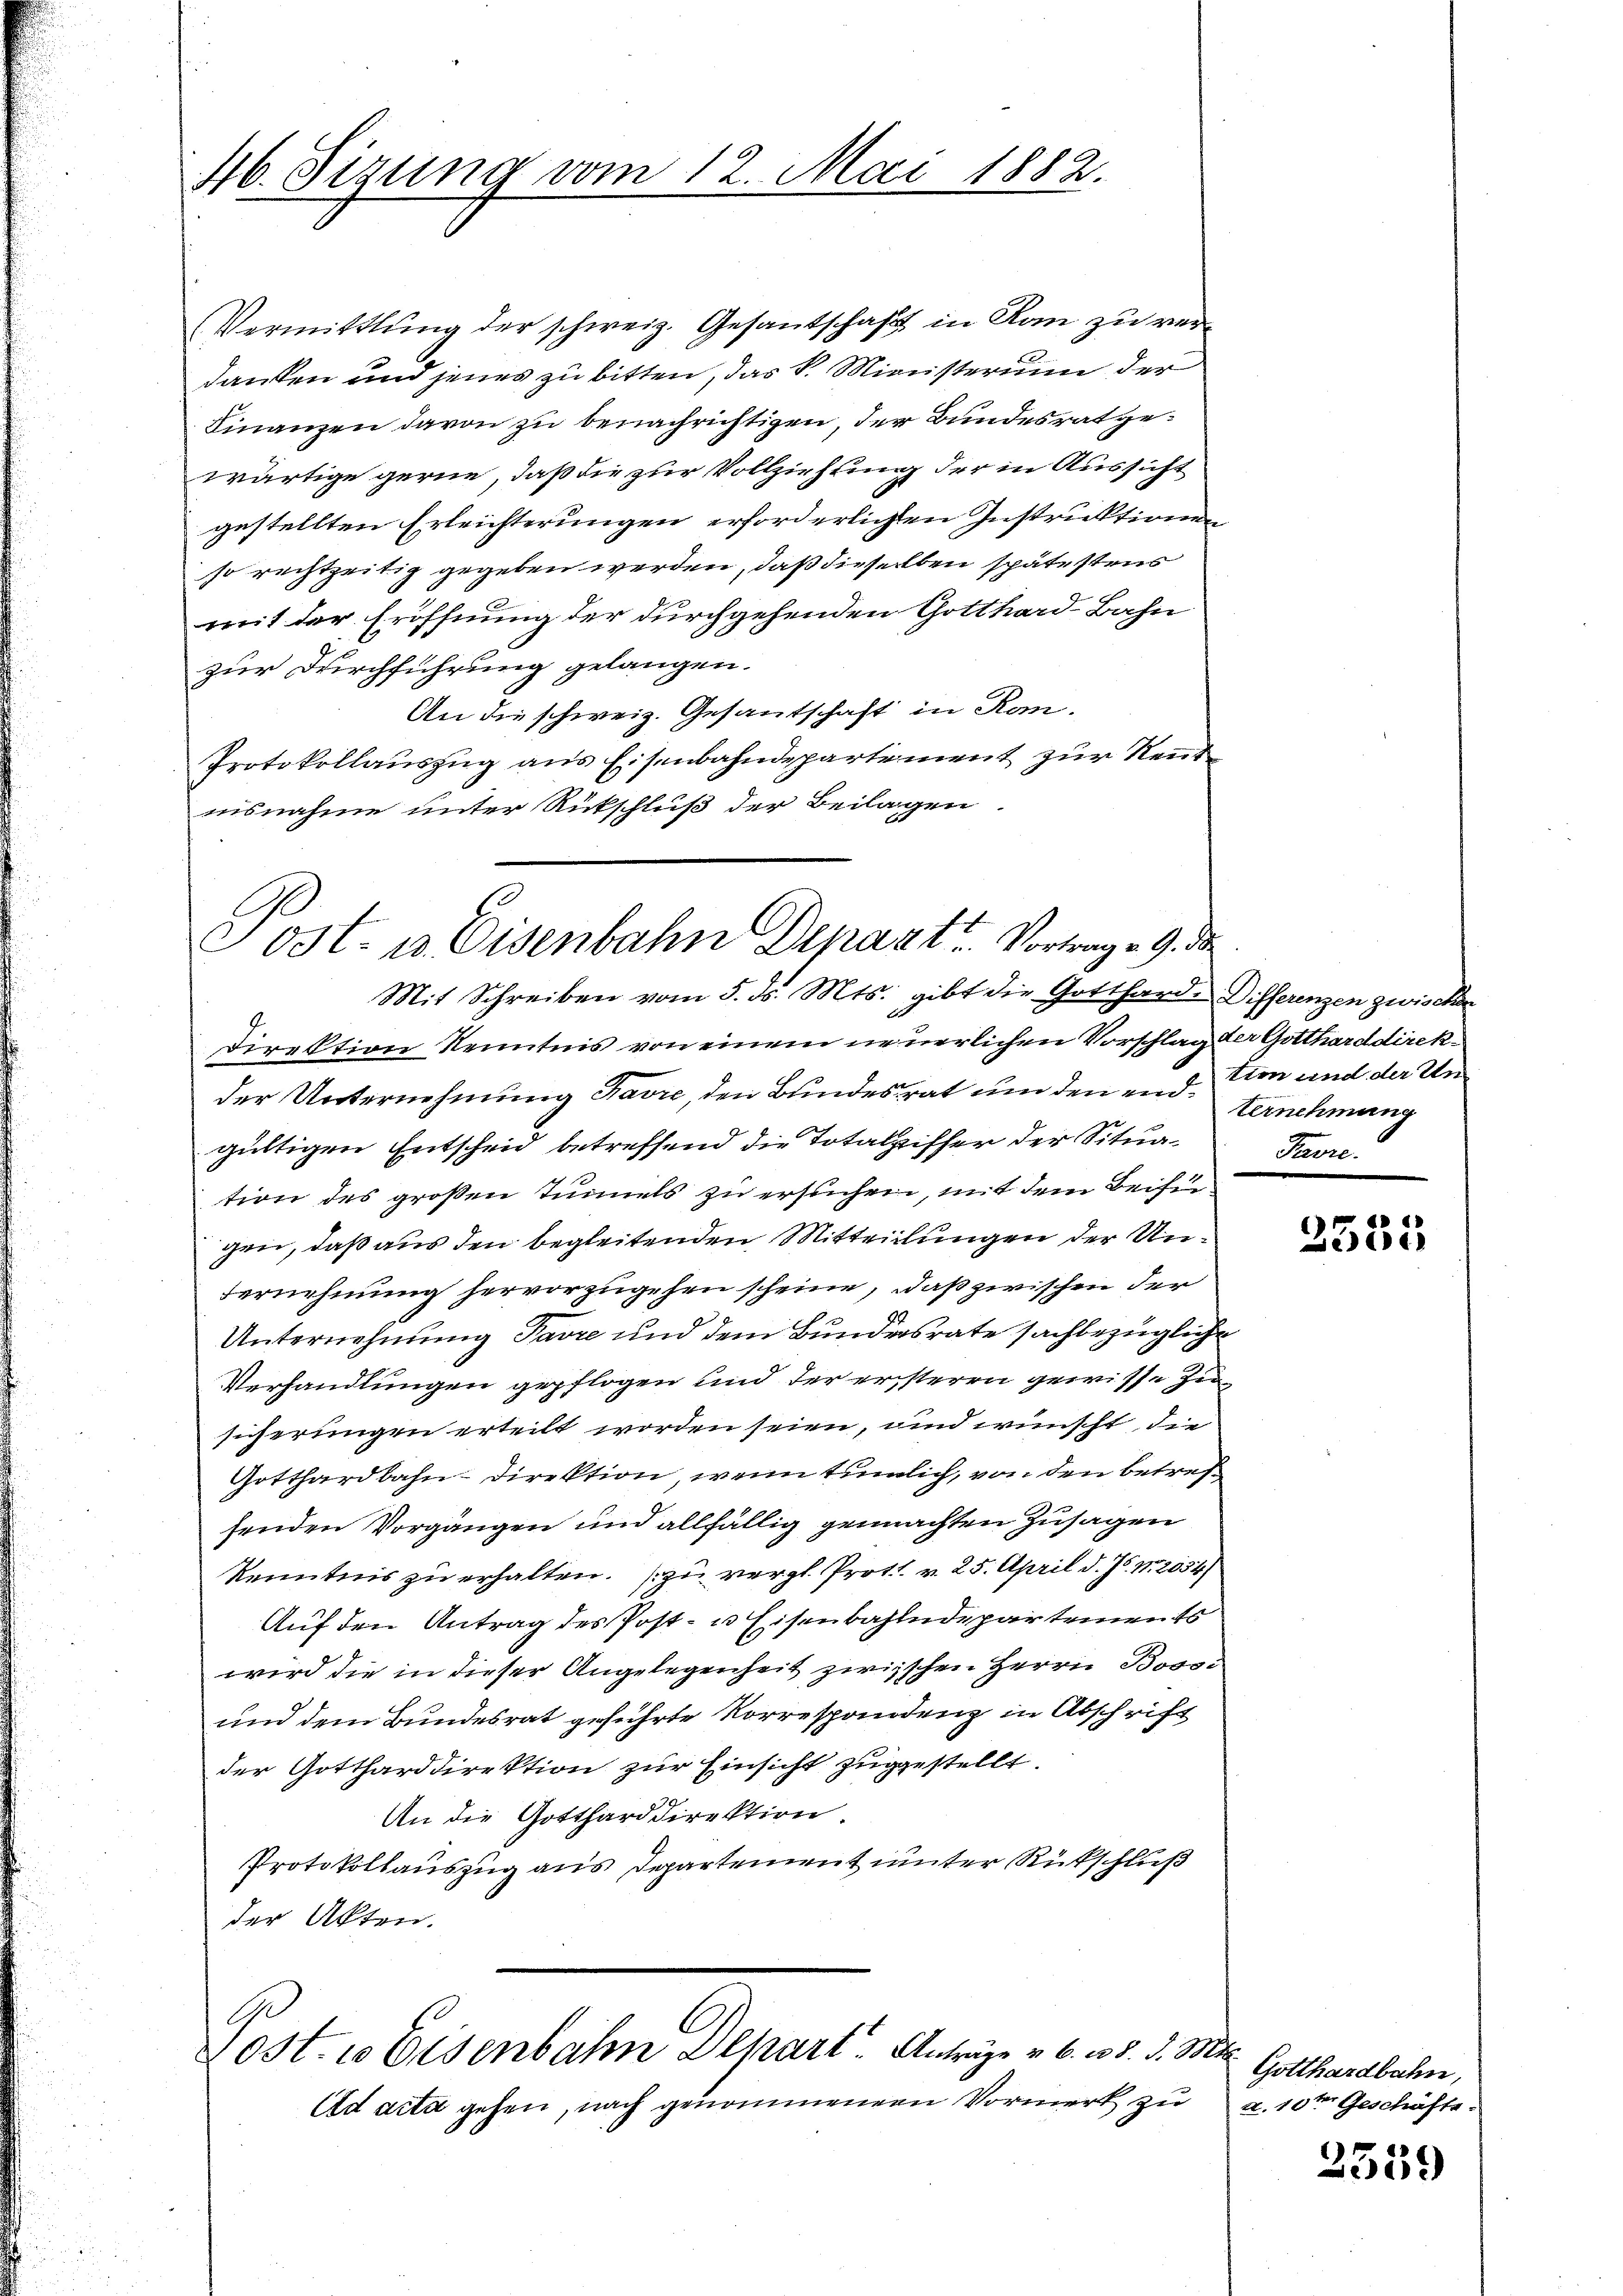
46. Sizung vom 12. Mai 1882.

Vermittlung der schweiz. Gesantschaft in Kam zu verdanken und jenes zu bitten, das k. Ministerium der
Finanzen davon zu benachrichtigen, der Bundesrat gewärtige gerne, daß die zur Vollziehung der in Aussicht
gestellten Erleichterungen erforderlichen Instruktionen
so rechtzeitig gegeben werden, daß dieselben spätestens
mit der Eröffnung der durchgehenden Gotthard-Bahn
zur Durchführung gelangen.
An die schweiz. Gesantschaft in Kan¬
Protokollauszug aus Eisenbahndepartement zur Rentnisnahme unter Rückschluß der Beilagen

ost- u. Eisenbahn Depart. Vortrag 29. d
Mit Schreiben vom 5. ds. Mts. gibt die Gotthard-Differenzen zwischen

2.
direktion Kenntnis von einem neuerlichen Vorschlag der Gotthard direkder Unternehmung Favre, den Bundesrat um den end¬ Eernehmung
gültigen Entscheid betreffend die Totalziffer der Situation des großen Tunnels zu ersuchen, mit dem Beisin
gen, daß aus den begleitenden Mitteilungen der Un¬
Vernehmung hervorzugehen scheine, daß zwischen der
Unternehmung Pavre und dem Bundesrate sachbezügliche
Verhandlungen gepflogen und der ersteren gewisse Zusicherungen erteilt worden seien, und wünscht, die
Gotthardbahn-Direktion, wenn tümlich, von den betref
senden Vorgängen und allfällig gemachten Zusagen
kenntnis zu erhalten. (zu vergl. Prot. v. 25. April d. Js. n. 2034
Auf den Antrag des Post- u Eisenbahndepartements
wird die in dieser Angelegenheit zwischen Herrn Boss¬
und dem Bundesrat geführte Korrespondenz in Abschrift
der Gottharddirektion zur Einsicht zugestellt.
An die Gottharddirektion.
Protokollauszug aus Departement unter Rückschluß
der Akten.

G
C
ost. 10 Eisenbahn Depart. Anträge v. 6. 18. d. 3.
Ad acta gehen, nach genommener Vormerk zu u. 10ten Geschäfts¬

tion und der Un
Favre

2535

h
Gotthardbahn,

2539